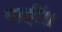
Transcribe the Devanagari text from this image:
माहीं।।